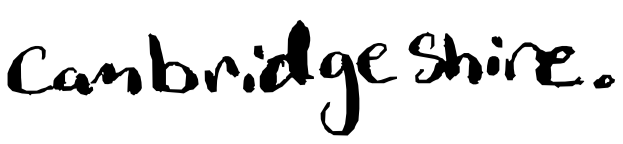
Text: Cambridgeshire.
Cross-out: clean
Writing tool: digital_black